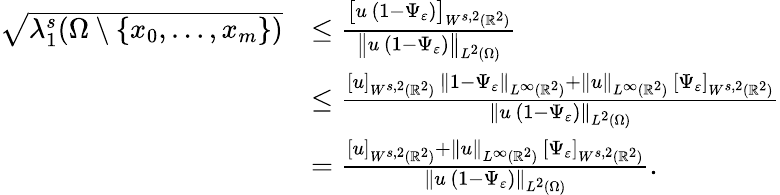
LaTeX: \begin{array}{rl}{\sqrt{\lambda_{1}^{s}(\Omega\setminus\{ x_{0},\dots,x_{m}\} )}}&{\le\frac{\big[u\, (1-\Psi_{\varepsilon})\big]_{W^{s,2}(\mathbb{R}^{2})}}{\big\| u\, (1-\Psi_{\varepsilon})\big\| _{L^{2}(\Omega)}}}\\ &{\le\frac{[u]_{W^{s,2}(\mathbb{R}^{2})}\, \| 1-\Psi_{\varepsilon}\| _{L^{\infty}(\mathbb{R}^{2})}+\| u\| _{L^{\infty}(\mathbb{R}^{2})}\, [\Psi_{\varepsilon}]_{W^{s,2}(\mathbb{R}^{2})}}{\| u\, (1-\Psi_{\varepsilon})\| _{L^{2}(\Omega)}}}\\ &{=\frac{[u]_{W^{s,2}(\mathbb{R}^{2})}+\| u\| _{L^{\infty}(\mathbb{R}^{2})}\, [\Psi_{\varepsilon}]_{W^{s,2}(\mathbb{R}^{2})}}{\| u\, (1-\Psi_{\varepsilon})\| _{L^{2}(\Omega)}}.}\end{array}